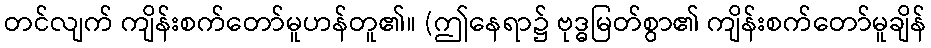
တင်လျက် ကျိန်းစက်တော်မူဟန်တူ၏။ (ဤနေရာ၌ ဗုဒ္ဓမြတ်စွာ၏ ကျိန်းစက်တော်မူချိန်